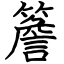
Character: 簷